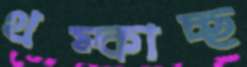
থম্‌কাচ্ছ